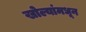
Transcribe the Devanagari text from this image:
खोल्यांमधून